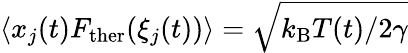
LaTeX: \langle x_{j}(t)F_{\mathrm{ther}}(\xi_{j}(t))\rangle=\sqrt{k_{\mathrm{B}}T(t)/2\gamma}